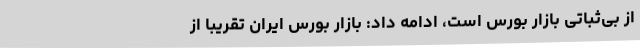
از بی‌ثباتی بازار بورس است، ادامه داد: بازار بورس ایران تقریباً از